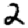
Digit: 2